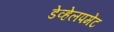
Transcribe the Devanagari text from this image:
डेव्हेलपमेंट